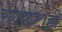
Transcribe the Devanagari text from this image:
रंगछटाही